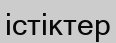
істіктер